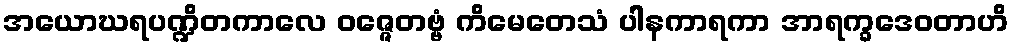
အယောဃရပဏ္ဍိတကာလေ ဝဇ္ဇေတဗ္ဗံ ကိမေတေသံ ပါနကာရကာ အာရက္ခဒေဝတာဟိ